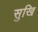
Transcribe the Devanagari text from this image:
सुखि